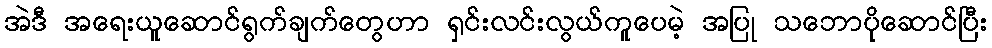
အဲဒီ အရေးယူဆောင်ရွက်ချက်တွေဟာ ရှင်းလင်းလွယ်ကူပေမဲ့ အပြု သဘောပိုဆောင်ပြီး